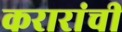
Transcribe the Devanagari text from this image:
करारांची